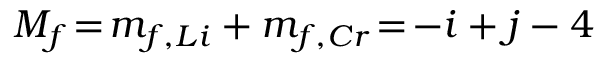
M _ { f } \! = \! m _ { f , L i } + m _ { f , C r } \! = \! - i + j - 4